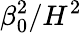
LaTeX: \beta_{0}^{2}/H^{2}